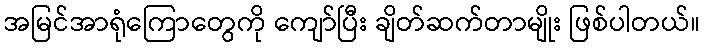
အမြင်အာရုံကြောတွေကို ကျော်ပြီး ချိတ်ဆက်တာမျိုး ဖြစ်ပါတယ်။